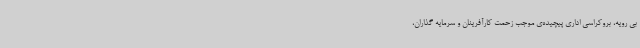
بی رویه، بروکراسی اداری پیچیده‌ی موجب زحمت کارآفرینان و سرمایه گذاران،